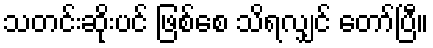
သတင်းဆိုးပင် ဖြစ်စေ သိရလျှင် တော်ပြီ။